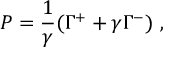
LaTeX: P = \frac { 1 } { \gamma } ( \Gamma ^ { + } + \gamma \Gamma ^ { - } ) ~ ,